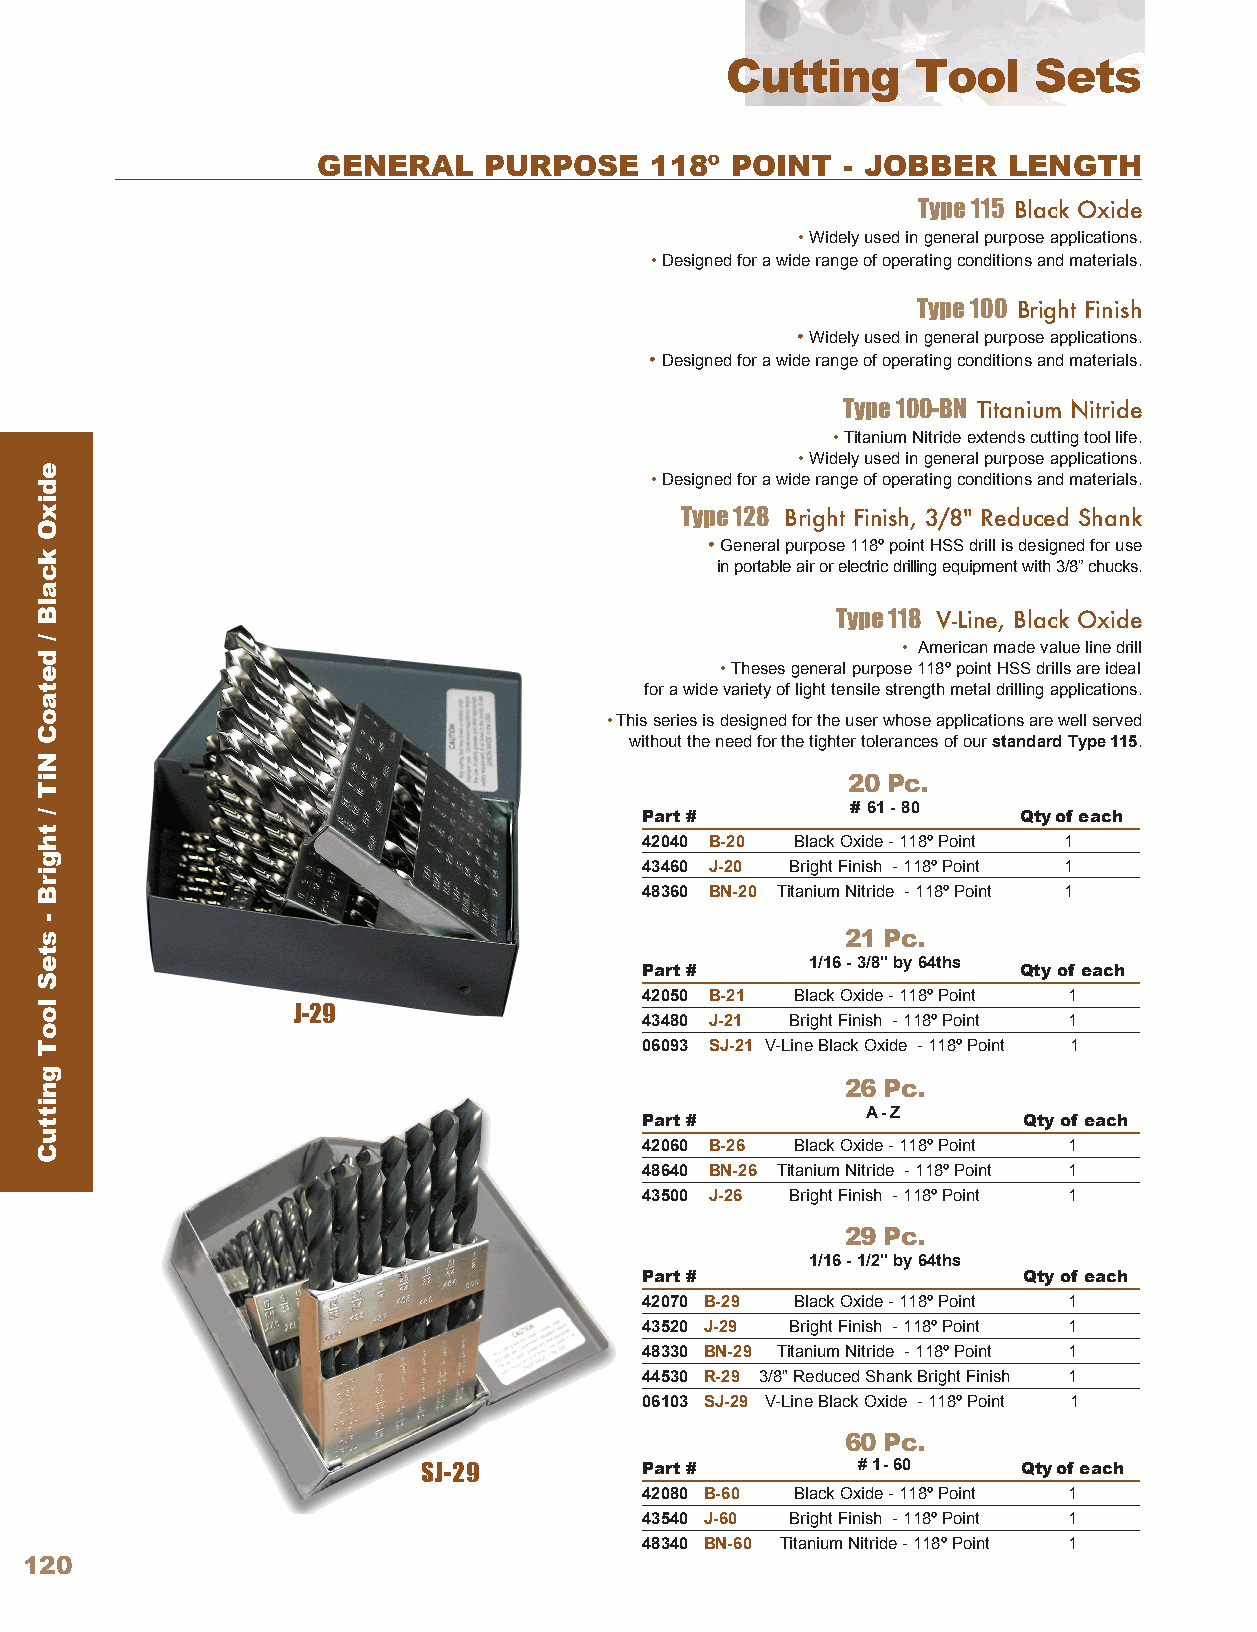
Cutting      Tool   Sets
 GENERAL    PURPOSE    118º POINT   - JOBBER   LENGTH
 Type 115 Black Oxide
 • Widely used in general purpose applications .
 • Designed for a wide range of operating conditions and materials .
 Type 100 Bright Finish
 • Widely used in general purpose applications .
 • Designed for a wide range of operating conditions and materials .
 Type 100-BN Titanium Nitride
 • Titanium Nitride extends cutting tool life .
 • Widely used in general purpose applications .
 • Designed for a wide range of operating conditions and materials .
 Type 128 Bright Finish, 3/8" Reduced Shank
 • General purpose 118º point HSS drill is designed for use
 in portable air or electric drilling equipment with 3/8” chucks .
 Type 118 V-Line, Black Oxide
 • American made value line drill
 • Theses general purpose 118º point HSS drills are ideal
 for a wide variety of light tensile strength metal drilling applications .
 • This series is designed for the user whose applications are well served
 without the need for the tighter tolerances of our standard Type115 .
 20 Pc.
 Part #        # 61 - 80  Qty of ea ch
 42040 B-20 Black Oxide - 118º Point 1
 43460 J-20 Bright Finish - 118º Point 1
 48360 BN-20 Titanium Nitride - 118º Point 1
 21 Pc.
 Part #
 1/16 - 3/8" by 64ths
 Qty of ea ch
 42050 B-21 Black Oxide - 118º Point 1
 J-29
 43480 J-21 Bright Finish - 118º Point 1
 06093 SJ-21 V-Line Black Oxide - 118º Point 1
 26 Pc.
 Part #
 A- Z
 Qty of e ach
 42060 B-26 Black Oxide - 118º Point 1
 48640 BN-26 Titanium Nitride - 118º Point 1
 43500 J-26 Bright Finish - 118º Point 1
 29 Pc.
 1/16 - 1/2" by 64ths
 Part #                    Qty of each
 42070 B-29 Black Oxide - 118º Point 1
 43520 J-29 Bright Finish - 118º Point 1
 48330 BN-29 Titanium Nitride - 118º Point 1
 44530 R-29 3/8" Reduced Shank Bright Finish 1
 06103 SJ-29 V-Line Black Oxide - 118º Point 1
 60 Pc.
 SJ-29         Part #         # 1- 60    Qty of ea ch
 42080 B-60 Black Oxide - 118º Point 1
 43540 J-60 Bright Finish - 118º Point 1
 48340 BN-60 Titanium Nitride - 118º Point 1
 120
 edixO
 kcalB
 /
 detaoC
 NiT
 /
 thgirB
 -
 steS
 looT
 gnittuC